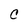
Character: C